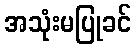
အသုံးမပြုခင်